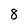
Character: 8